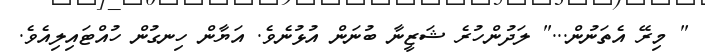
" މިރޭ އެތަނުން..." ލަދުންހުރެ ޝަޒީނާ ބުނަން އުޅުނެވެ. އަޔާން ހިނގުން ހުއްޓައިލިއެވެ.